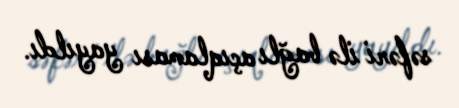
səfəri ilə bağlı açıqlaması yayıldı.